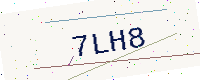
Text: 7LH8